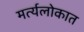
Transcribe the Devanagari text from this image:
मर्त्यलोकात